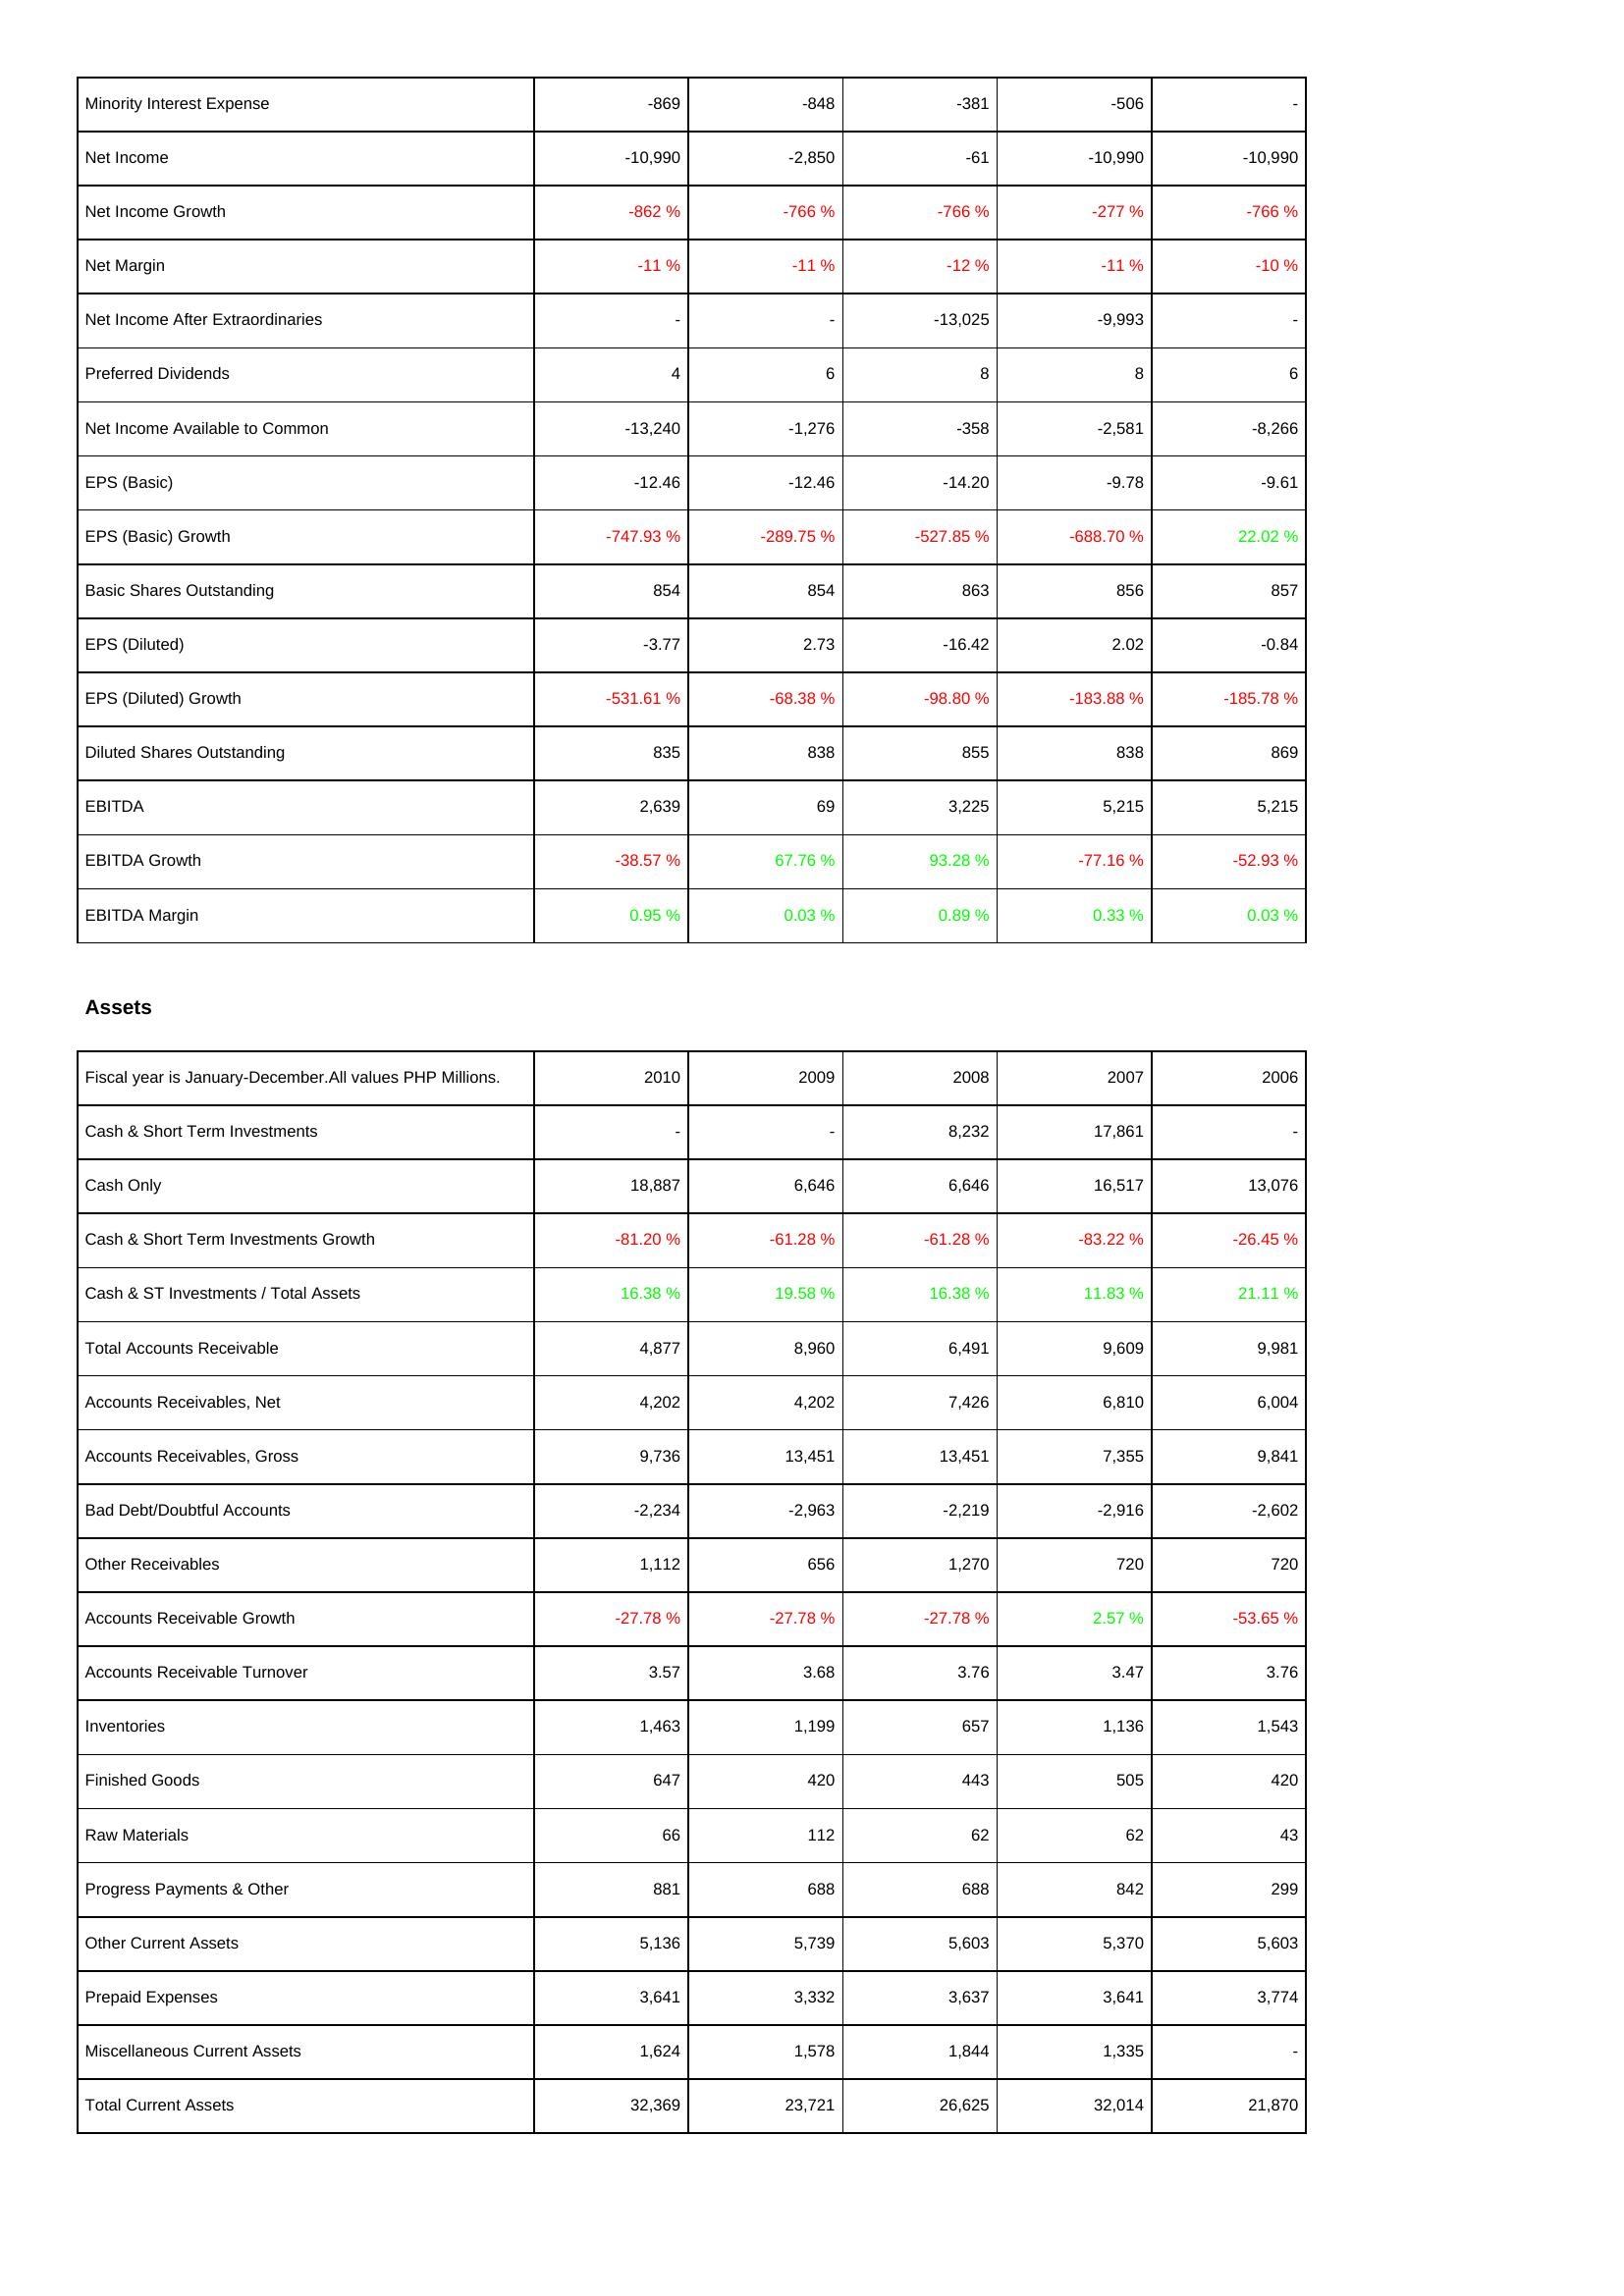
2010: Income Statement: Minority Interest Expense: -869
Net Income: -10,990
Net Income Growth: -862 %
Net Margin: -11 %
Net Income After Extraordinaries: -
Preferred Dividends: 4
Net Income Available to Common: -13,240
EPS (Basic): -12.46
EPS (Basic) Growth: -747.93 %
Basic Shares Outstanding: 854
EPS (Diluted): -3.77
EPS (Diluted) Growth: -531.61 %
Diluted Shares Outstanding: 835
EBITDA: 2,639
EBITDA Growth: -38.57 %
EBITDA Margin: 0.95 %
Assets: Cash & Short Term Investments: -
Cash Only: 18,887
Cash & Short Term Investments Growth: -81.20 %
Cash & ST Investments / Total Assets: 16.38 %
Total Accounts Receivable: 4,877
Accounts Receivables, Net: 4,202
Accounts Receivables, Gross: 9,736
Bad Debt/Doubtful Accounts: -2,234
Other Receivables: 1,112
Accounts Receivable Growth: -27.78 %
Accounts Receivable Turnover: 3.57
Inventories: 1,463
Finished Goods: 647
Raw Materials: 66
Progress Payments & Other: 881
Other Current Assets: 5,136
Prepaid Expenses: 3,641
Miscellaneous Current Assets: 1,624
Total Current Assets: 32,369
2009: Income Statement: Minority Interest Expense: -848
Net Income: -2,850
Net Income Growth: -766 %
Net Margin: -11 %
Net Income After Extraordinaries: -
Preferred Dividends: 6
Net Income Available to Common: -1,276
EPS (Basic): -12.46
EPS (Basic) Growth: -289.75 %
Basic Shares Outstanding: 854
EPS (Diluted): 2.73
EPS (Diluted) Growth: -68.38 %
Diluted Shares Outstanding: 838
EBITDA: 69
EBITDA Growth: 67.76 %
EBITDA Margin: 0.03 %
Assets: Cash & Short Term Investments: -
Cash Only: 6,646
Cash & Short Term Investments Growth: -61.28 %
Cash & ST Investments / Total Assets: 19.58 %
Total Accounts Receivable: 8,960
Accounts Receivables, Net: 4,202
Accounts Receivables, Gross: 13,451
Bad Debt/Doubtful Accounts: -2,963
Other Receivables: 656
Accounts Receivable Growth: -27.78 %
Accounts Receivable Turnover: 3.68
Inventories: 1,199
Finished Goods: 420
Raw Materials: 112
Progress Payments & Other: 688
Other Current Assets: 5,739
Prepaid Expenses: 3,332
Miscellaneous Current Assets: 1,578
Total Current Assets: 23,721
2008: Income Statement: Minority Interest Expense: -381
Net Income: -61
Net Income Growth: -766 %
Net Margin: -12 %
Net Income After Extraordinaries: -13,025
Preferred Dividends: 8
Net Income Available to Common: -358
EPS (Basic): -14.20
EPS (Basic) Growth: -527.85 %
Basic Shares Outstanding: 863
EPS (Diluted): -16.42
EPS (Diluted) Growth: -98.80 %
Diluted Shares Outstanding: 855
EBITDA: 3,225
EBITDA Growth: 93.28 %
EBITDA Margin: 0.89 %
Assets: Cash & Short Term Investments: 8,232
Cash Only: 6,646
Cash & Short Term Investments Growth: -61.28 %
Cash & ST Investments / Total Assets: 16.38 %
Total Accounts Receivable: 6,491
Accounts Receivables, Net: 7,426
Accounts Receivables, Gross: 13,451
Bad Debt/Doubtful Accounts: -2,219
Other Receivables: 1,270
Accounts Receivable Growth: -27.78 %
Accounts Receivable Turnover: 3.76
Inventories: 657
Finished Goods: 443
Raw Materials: 62
Progress Payments & Other: 688
Other Current Assets: 5,603
Prepaid Expenses: 3,637
Miscellaneous Current Assets: 1,844
Total Current Assets: 26,625
2007: Income Statement: Minority Interest Expense: -506
Net Income: -10,990
Net Income Growth: -277 %
Net Margin: -11 %
Net Income After Extraordinaries: -9,993
Preferred Dividends: 8
Net Income Available to Common: -2,581
EPS (Basic): -9.78
EPS (Basic) Growth: -688.70 %
Basic Shares Outstanding: 856
EPS (Diluted): 2.02
EPS (Diluted) Growth: -183.88 %
Diluted Shares Outstanding: 838
EBITDA: 5,215
EBITDA Growth: -77.16 %
EBITDA Margin: 0.33 %
Assets: Cash & Short Term Investments: 17,861
Cash Only: 16,517
Cash & Short Term Investments Growth: -83.22 %
Cash & ST Investments / Total Assets: 11.83 %
Total Accounts Receivable: 9,609
Accounts Receivables, Net: 6,810
Accounts Receivables, Gross: 7,355
Bad Debt/Doubtful Accounts: -2,916
Other Receivables: 720
Accounts Receivable Growth: 2.57 %
Accounts Receivable Turnover: 3.47
Inventories: 1,136
Finished Goods: 505
Raw Materials: 62
Progress Payments & Other: 842
Other Current Assets: 5,370
Prepaid Expenses: 3,641
Miscellaneous Current Assets: 1,335
Total Current Assets: 32,014
2006: Income Statement: Minority Interest Expense: -
Net Income: -10,990
Net Income Growth: -766 %
Net Margin: -10 %
Net Income After Extraordinaries: -
Preferred Dividends: 6
Net Income Available to Common: -8,266
EPS (Basic): -9.61
EPS (Basic) Growth: 22.02 %
Basic Shares Outstanding: 857
EPS (Diluted): -0.84
EPS (Diluted) Growth: -185.78 %
Diluted Shares Outstanding: 869
EBITDA: 5,215
EBITDA Growth: -52.93 %
EBITDA Margin: 0.03 %
Assets: Cash & Short Term Investments: -
Cash Only: 13,076
Cash & Short Term Investments Growth: -26.45 %
Cash & ST Investments / Total Assets: 21.11 %
Total Accounts Receivable: 9,981
Accounts Receivables, Net: 6,004
Accounts Receivables, Gross: 9,841
Bad Debt/Doubtful Accounts: -2,602
Other Receivables: 720
Accounts Receivable Growth: -53.65 %
Accounts Receivable Turnover: 3.76
Inventories: 1,543
Finished Goods: 420
Raw Materials: 43
Progress Payments & Other: 299
Other Current Assets: 5,603
Prepaid Expenses: 3,774
Miscellaneous Current Assets: -
Total Current Assets: 21,870